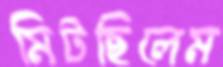
মিটছিলেম